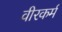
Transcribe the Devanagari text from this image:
वीरकर्म